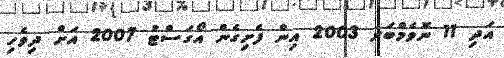
އަދި 11 ނޮވެމްބަރ 2003 އިން ފެށިގެން އޯގަސްޓު 2007 އަށް ދިވެހި